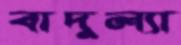
বাদুল্যা